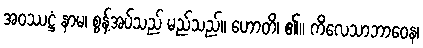
အဝဿဋ္ဌံ နာမ၊ စွန့်အပ်သည် မည်သည်။ ဟောတိ၊ ၏။ ကိလေသာဘာဝေန၊